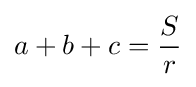
a+b+c={\frac {S}{r}}